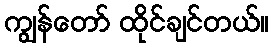
ကျွန်တော် ထိုင်ချင်တယ်။